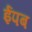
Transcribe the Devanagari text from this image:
ईपब